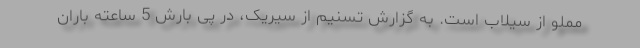
مملو از سیلاب است. به گزارش تسنیم از سیریک، در پی بارش 5 ساعته باران